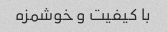
با کیفیت و خوشمزه